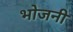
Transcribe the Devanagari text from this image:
भोजनी